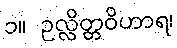
၁။ ဥလ္လိတ္တဝိဟာရ၊